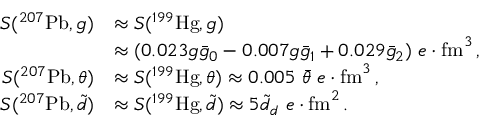
\begin{array} { r l } { S ( ^ { 2 0 7 } \mathrm { P b } , g ) } & { \approx S ( ^ { 1 9 9 } \mathrm { H g } , g ) } \\ & { \approx ( 0 . 0 2 3 g \bar { g } _ { 0 } - 0 . 0 0 7 g \bar { g } _ { 1 } + 0 . 0 2 9 \bar { g } _ { 2 } ) \ e \cdot \mathrm { f m } ^ { 3 } \, , } \\ { S ( ^ { 2 0 7 } \mathrm { P b } , \theta ) } & { \approx S ( ^ { 1 9 9 } \mathrm { H g } , \theta ) \approx 0 . 0 0 5 \ \bar { \theta } \ e \cdot \mathrm { f m } ^ { 3 } \, , } \\ { S ( ^ { 2 0 7 } \mathrm { P b } , \tilde { d } ) } & { \approx S ( ^ { 1 9 9 } \mathrm { H g } , \tilde { d } ) \approx 5 \tilde { d } _ { d } \ e \cdot \mathrm { f m } ^ { 2 } \, . } \end{array}